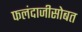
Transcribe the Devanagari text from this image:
फलंदाजीसोबत